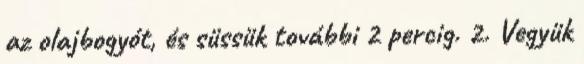
az olajbogyót, és süssük további 2 percig. 2. Vegyük